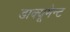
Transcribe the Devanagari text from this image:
डाक्यूमेन्ट